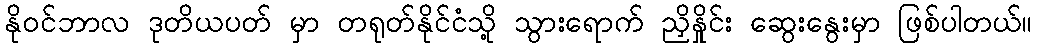
နိုဝင်ဘာလ ဒုတိယပတ် မှာ တရုတ်နိုင်ငံသို့ သွားရောက် ညှိနှိုင်း ဆွေးနွေးမှာ ဖြစ်ပါတယ်။